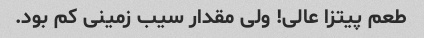
طعم پیتزا عالی! ولی مقدار سیب زمینی کم بود.